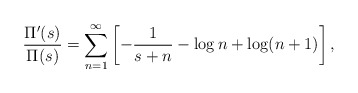
\begin{align*} \frac{\Pi^\prime(s)}{\Pi(s)}=\sum_{n=1}^\infty \left[-\frac{1}{s+n}-\log n + \log(n+1)\right],\end{align*}